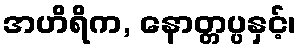
အဟိရိက, နောတ္တပ္ပနှင့်၊